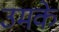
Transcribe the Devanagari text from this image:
उमके